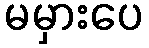
မမှားပေ